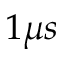
1 \mu s